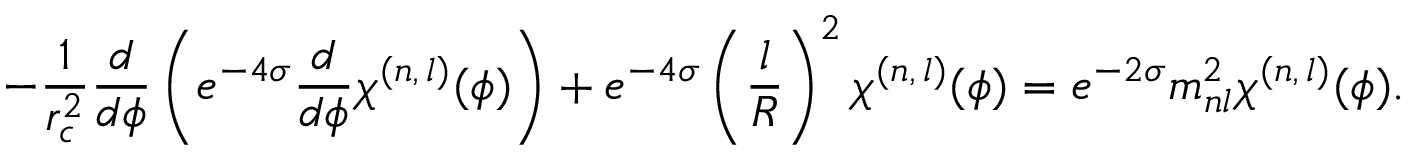
- \frac { 1 } { r _ { c } ^ { 2 } } \frac { d } { d \phi } \left( e ^ { - 4 \sigma } \frac { d } { d \phi } \chi ^ { ( n , \, l ) } ( \phi ) \right) + e ^ { - 4 \sigma } \left( \frac { l } { R } \right) ^ { 2 } \chi ^ { ( n , \, l ) } ( \phi ) = e ^ { - 2 \sigma } m _ { n l } ^ { 2 } \chi ^ { ( n , \, l ) } ( \phi ) .